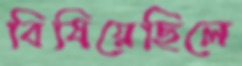
বিষিয়েছিলে